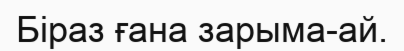
Біраз ғана зарыма-ай.